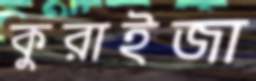
কুরাইজা